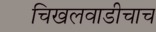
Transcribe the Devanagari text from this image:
चिखलवाडीचाच